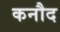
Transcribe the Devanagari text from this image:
कनौद